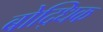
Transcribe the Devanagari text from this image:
बोद्धिक